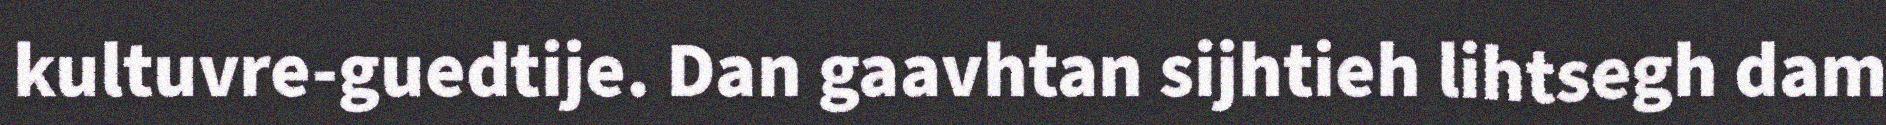
kultuvre-guedtije. Dan gaavhtan sijhtieh lihtsegh dam